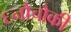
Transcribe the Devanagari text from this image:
६नौचौकी